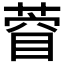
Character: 𮐙